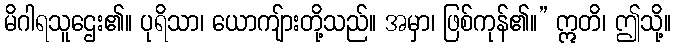
မိဂါရသူဌေး၏။ ပုရိသာ၊ ယောကျ်ားတို့သည်။ အမှာ၊ ဖြစ်ကုန်၏။” ဣတိ၊ ဤသို့။